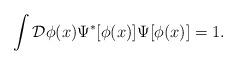
LaTeX: \begin{align*}\int {\cal {D}}\phi (x)\Psi ^{\ast }[\phi (x)]\Psi [\phi (x)]=1.\end{align*}